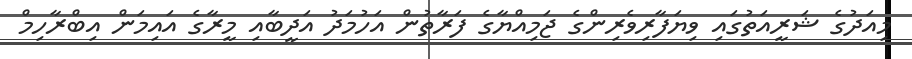
މިއަދުގެ ޝަރީއަތުގައި ވިޔަފާރިވެރިންގެ ޖަމިއްޔާގެ ފަރާތުން އަހުމަދު އަދީބާއި މީރާގެ އައިމަން އިބްރާހިމް